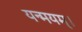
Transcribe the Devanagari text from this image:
यन्मयम्।